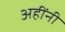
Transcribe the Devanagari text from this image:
अहींनी